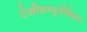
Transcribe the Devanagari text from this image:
टेलीकम्यूनीकेशन